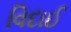
વિદાઈ